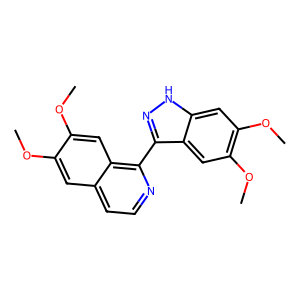
SMILES: COc1cc2ccnc(-c3n[nH]c4cc(OC)c(OC)cc34)c2cc1OC
Inhibits HIV replication: No